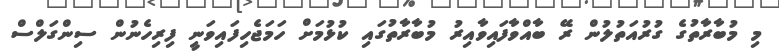
މި މުބާރާތުގެ ގުރުއަތުލުން ރޭ ބާއްވާފައިވާއިރު މުބާރާތުގައި ކުޅުމަށް ހަމަޖެހިފައިވަނީ ފިރިހެނުން ސިންގަލްސް